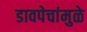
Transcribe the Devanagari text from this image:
डावपेचांमुळे